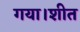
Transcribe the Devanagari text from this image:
गया।शीत